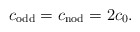
\begin{align*} c_\mathrm{odd} = c_{\mathrm{nod}} = 2 c_0.\end{align*}